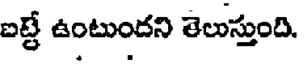
ఐట్టే ఉంటుందని తెలుస్తుంది.